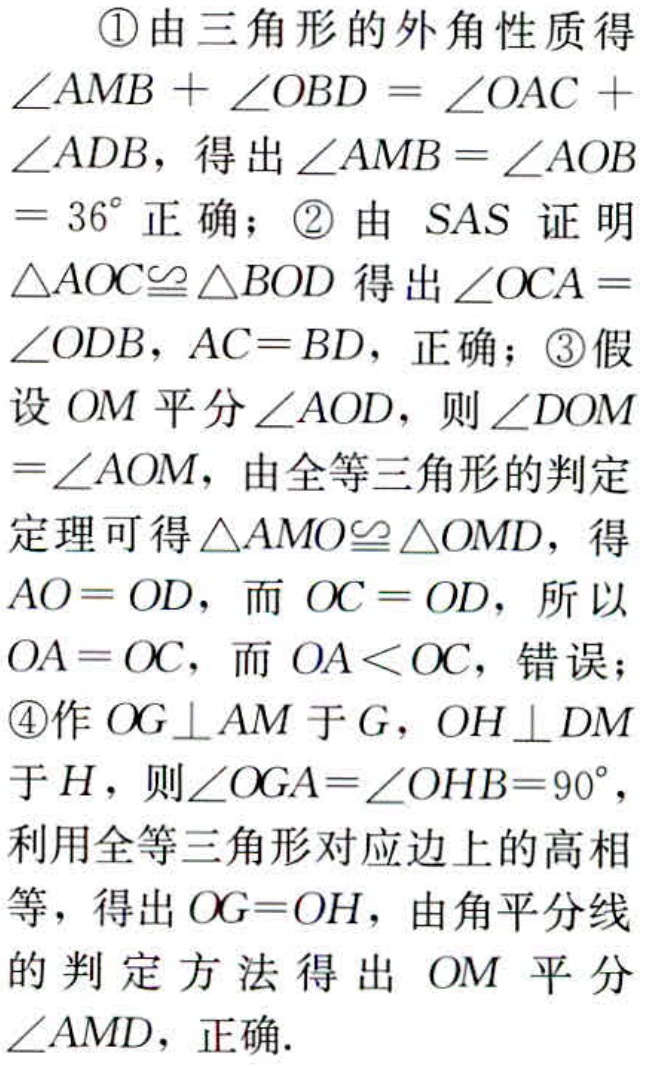
\textcircled{1}由三角形的外角性质得$\angle AMB+\angle OBD=\angle OAC+\angle ADB$，得出$\angle AMB = \angle AOB=36^{\circ}$正确；\textcircled{2}由$\text{SAS}$证明$\triangle AOC\cong\triangle BOD$得出$\angle OCA=\angle ODB$，$AC = BD$，正确；\textcircled{3}假设$OM$平分$\angle AOD$，则$\angle DOM=\angle AOM$，由全等三角形的判定定理可得$\triangle AMO\cong\triangle OMD$，得$AO = OD$，而$OC = OD$，所以$OA = OC$，而$OA<OC$，错误；\textcircled{4}作$OG\perp AM$于$G$，$OH\perp DM$于$H$，则$\angle OGA=\angle OHB = 90^{\circ}$，利用全等三角形对应边上的高相等，得出$OG = OH$，由角平分线的判定方法得出$OM$平分$\angle AMD$，正确.